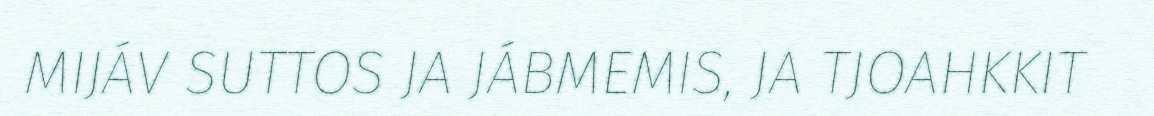
MIJÁV SUTTOS JA JÁBMEMIS, JA TJOAHKKIT